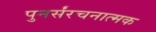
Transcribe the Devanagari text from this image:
पुनर्संरचनात्मक